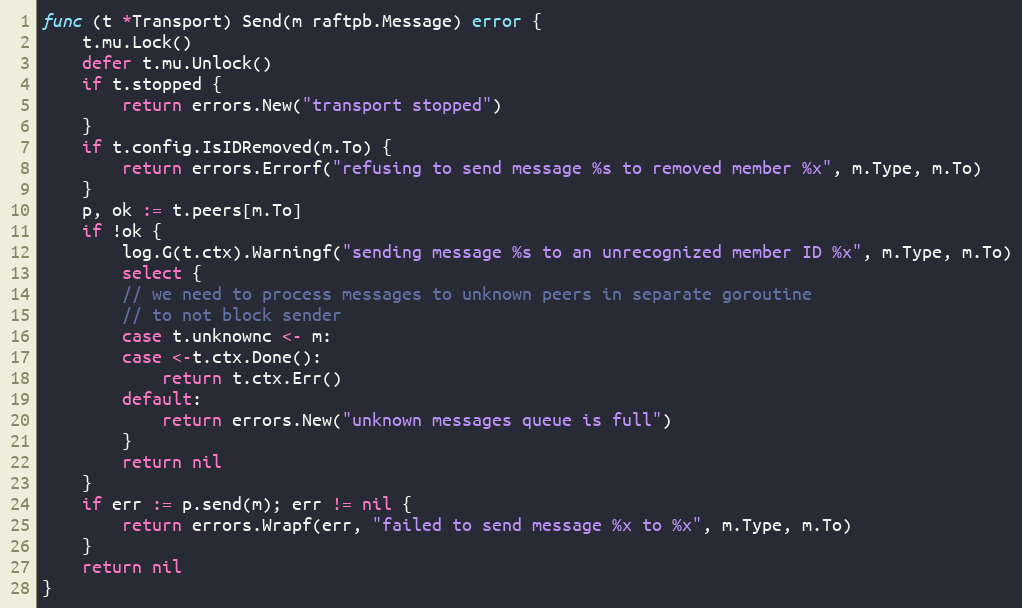
Language: Go
func (t *Transport) Send(m raftpb.Message) error {
	t.mu.Lock()
	defer t.mu.Unlock()
	if t.stopped {
		return errors.New("transport stopped")
	}
	if t.config.IsIDRemoved(m.To) {
		return errors.Errorf("refusing to send message %s to removed member %x", m.Type, m.To)
	}
	p, ok := t.peers[m.To]
	if !ok {
		log.G(t.ctx).Warningf("sending message %s to an unrecognized member ID %x", m.Type, m.To)
		select {
		// we need to process messages to unknown peers in separate goroutine
		// to not block sender
		case t.unknownc <- m:
		case <-t.ctx.Done():
			return t.ctx.Err()
		default:
			return errors.New("unknown messages queue is full")
		}
		return nil
	}
	if err := p.send(m); err != nil {
		return errors.Wrapf(err, "failed to send message %x to %x", m.Type, m.To)
	}
	return nil
}